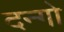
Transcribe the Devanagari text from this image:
दन्गो